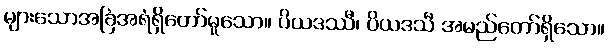
များသောအခြံအရံရှိတော်မူသော။ ပိယဒဿီ၊ ပိယဒသီ အမည်တော်ရှိသော။